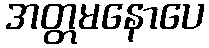
အတ္တမနောပေ